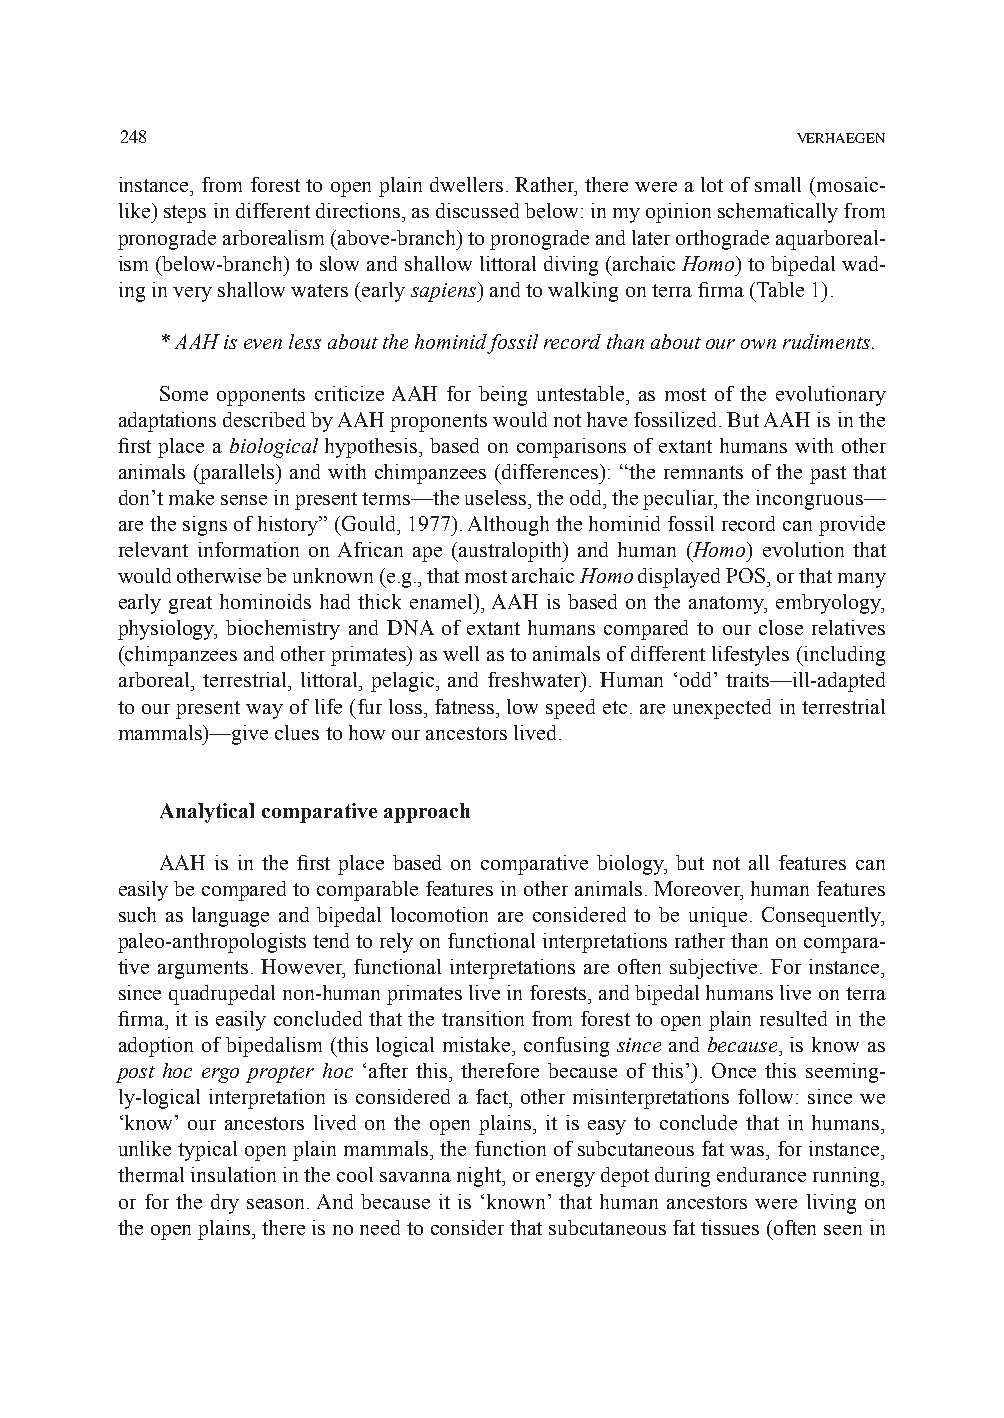
248                                          VERHAEGEN
 instance, from forest to open plain dwellers. Rather, there were a lot of small (mosaic-
 like) steps in different directions, as discussed below: in my opinion schematically from
 pronograde arborealism (above-branch) to pronograde and later orthograde aquarboreal-
 ism (below-branch) to slow and shallow littoral diving (archaic Homo) to bipedal wad-
 ing in very shallow waters (early sapiens) and to walking on terra firma (Table 1).
 * AAH is even less about the hominid fossil record than about our own rudiments.
 Some opponents criticize AAH for being untestable, as most of the evolutionary
 adaptations described by AAH proponents would not have fossilized. But AAH is in the
 first place a biological hypothesis, based on comparisons of extant humans with other
 animals (parallels) and with chimpanzees (differences): “the remnants of the past that
 don’t make sense in present terms—the useless, the odd, the peculiar, the incongruous—
 are the signs of history” (Gould, 1977). Although the hominid fossil record can provide
 relevant information on African ape (australopith) and human (Homo) evolution that
 would otherwise be unknown (e.g., that most archaic Homo displayed POS, or that many
 early great hominoids had thick enamel), AAH is based on the anatomy, embryology,
 physiology, biochemistry and DNA of extant humans compared to our close relatives
 (chimpanzees and other primates) as well as to animals of different lifestyles (including
 arboreal, terrestrial, littoral, pelagic, and freshwater). Human ‘odd’ traits—ill-adapted
 to our present way of life (fur loss, fatness, low speed etc. are unexpected in terrestrial
 mammals)—give clues to how our ancestors lived.
 Analytical comparative approach
 AAH is in the first place based on comparative biology, but not all features can
 easily be compared to comparable features in other animals. Moreover, human features
 such as language and bipedal locomotion are considered to be unique. Consequently,
 paleo-anthropologists tend to rely on functional interpretations rather than on compara-
 tive arguments. However, functional interpretations are often subjective. For instance,
 since quadrupedal non-human primates live in forests, and bipedal humans live on terra
 firma, it is easily concluded that the transition from forest to open plain resulted in the
 adoption of bipedalism (this logical mistake, confusing since and because, is know as
 post hoc ergo propter hoc ‘after this, therefore because of this’). Once this seeming-
 ly-logical interpretation is considered a fact, other misinterpretations follow: since we
 ‘know’ our ancestors lived on the open plains, it is easy to conclude that in humans,
 unlike typical open plain mammals, the function of subcutaneous fat was, for instance,
 thermal insulation in the cool savanna night, or energy depot during endurance running,
 or for the dry season. And because it is ‘known’ that human ancestors were living on
 the open plains, there is no need to consider that subcutaneous fat tissues (often seen in